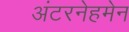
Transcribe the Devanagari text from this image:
अंटरनेहमेन